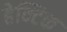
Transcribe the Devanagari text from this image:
हेक्टिक